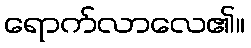
ရောက်လာလေ၏။